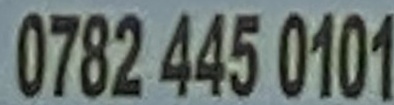
0782 445 0101